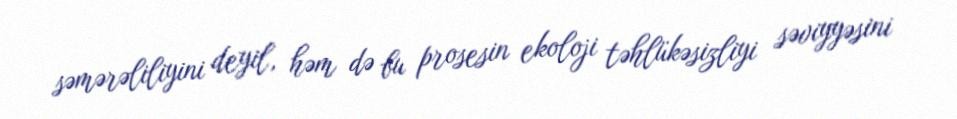
səmərəliliyini deyil, həm də bu prosesin ekoloji təhlükəsizliyi səviyyəsini